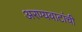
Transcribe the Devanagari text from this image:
अरण्यवाटांची